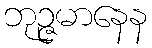
ဘုဉ္ဇမာနေန